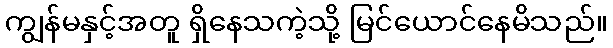
ကျွန်မနှင့်အတူ ရှိနေသကဲ့သို့ မြင်ယောင်နေမိသည်။